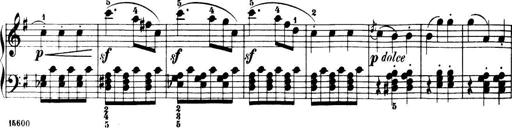
Title: 32 Sonatinas and Rondos for the Piano
Composer: Richard Kleinmichel